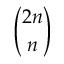
\binom { 2 n } { n }